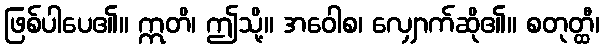
ဖြစ်ပါပေ၏။ ဣတိ၊ ဤသို့။ အဝေါစ၊ လျှောက်ဆို၏။ စတုတ္ထီ၊